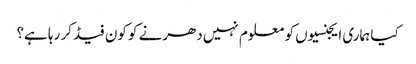
کیا ہماری ایجنسیوں کو معلوم نہیں دھرنے کو کون فیڈ کر رہا ہے؟